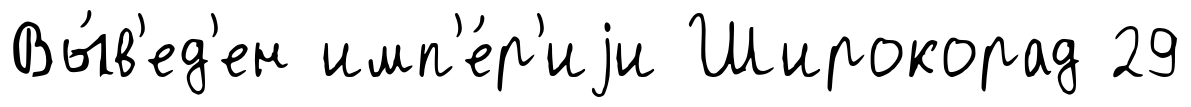
Вы́в'ед'ен имп'е́р'иjи Широкорад 29